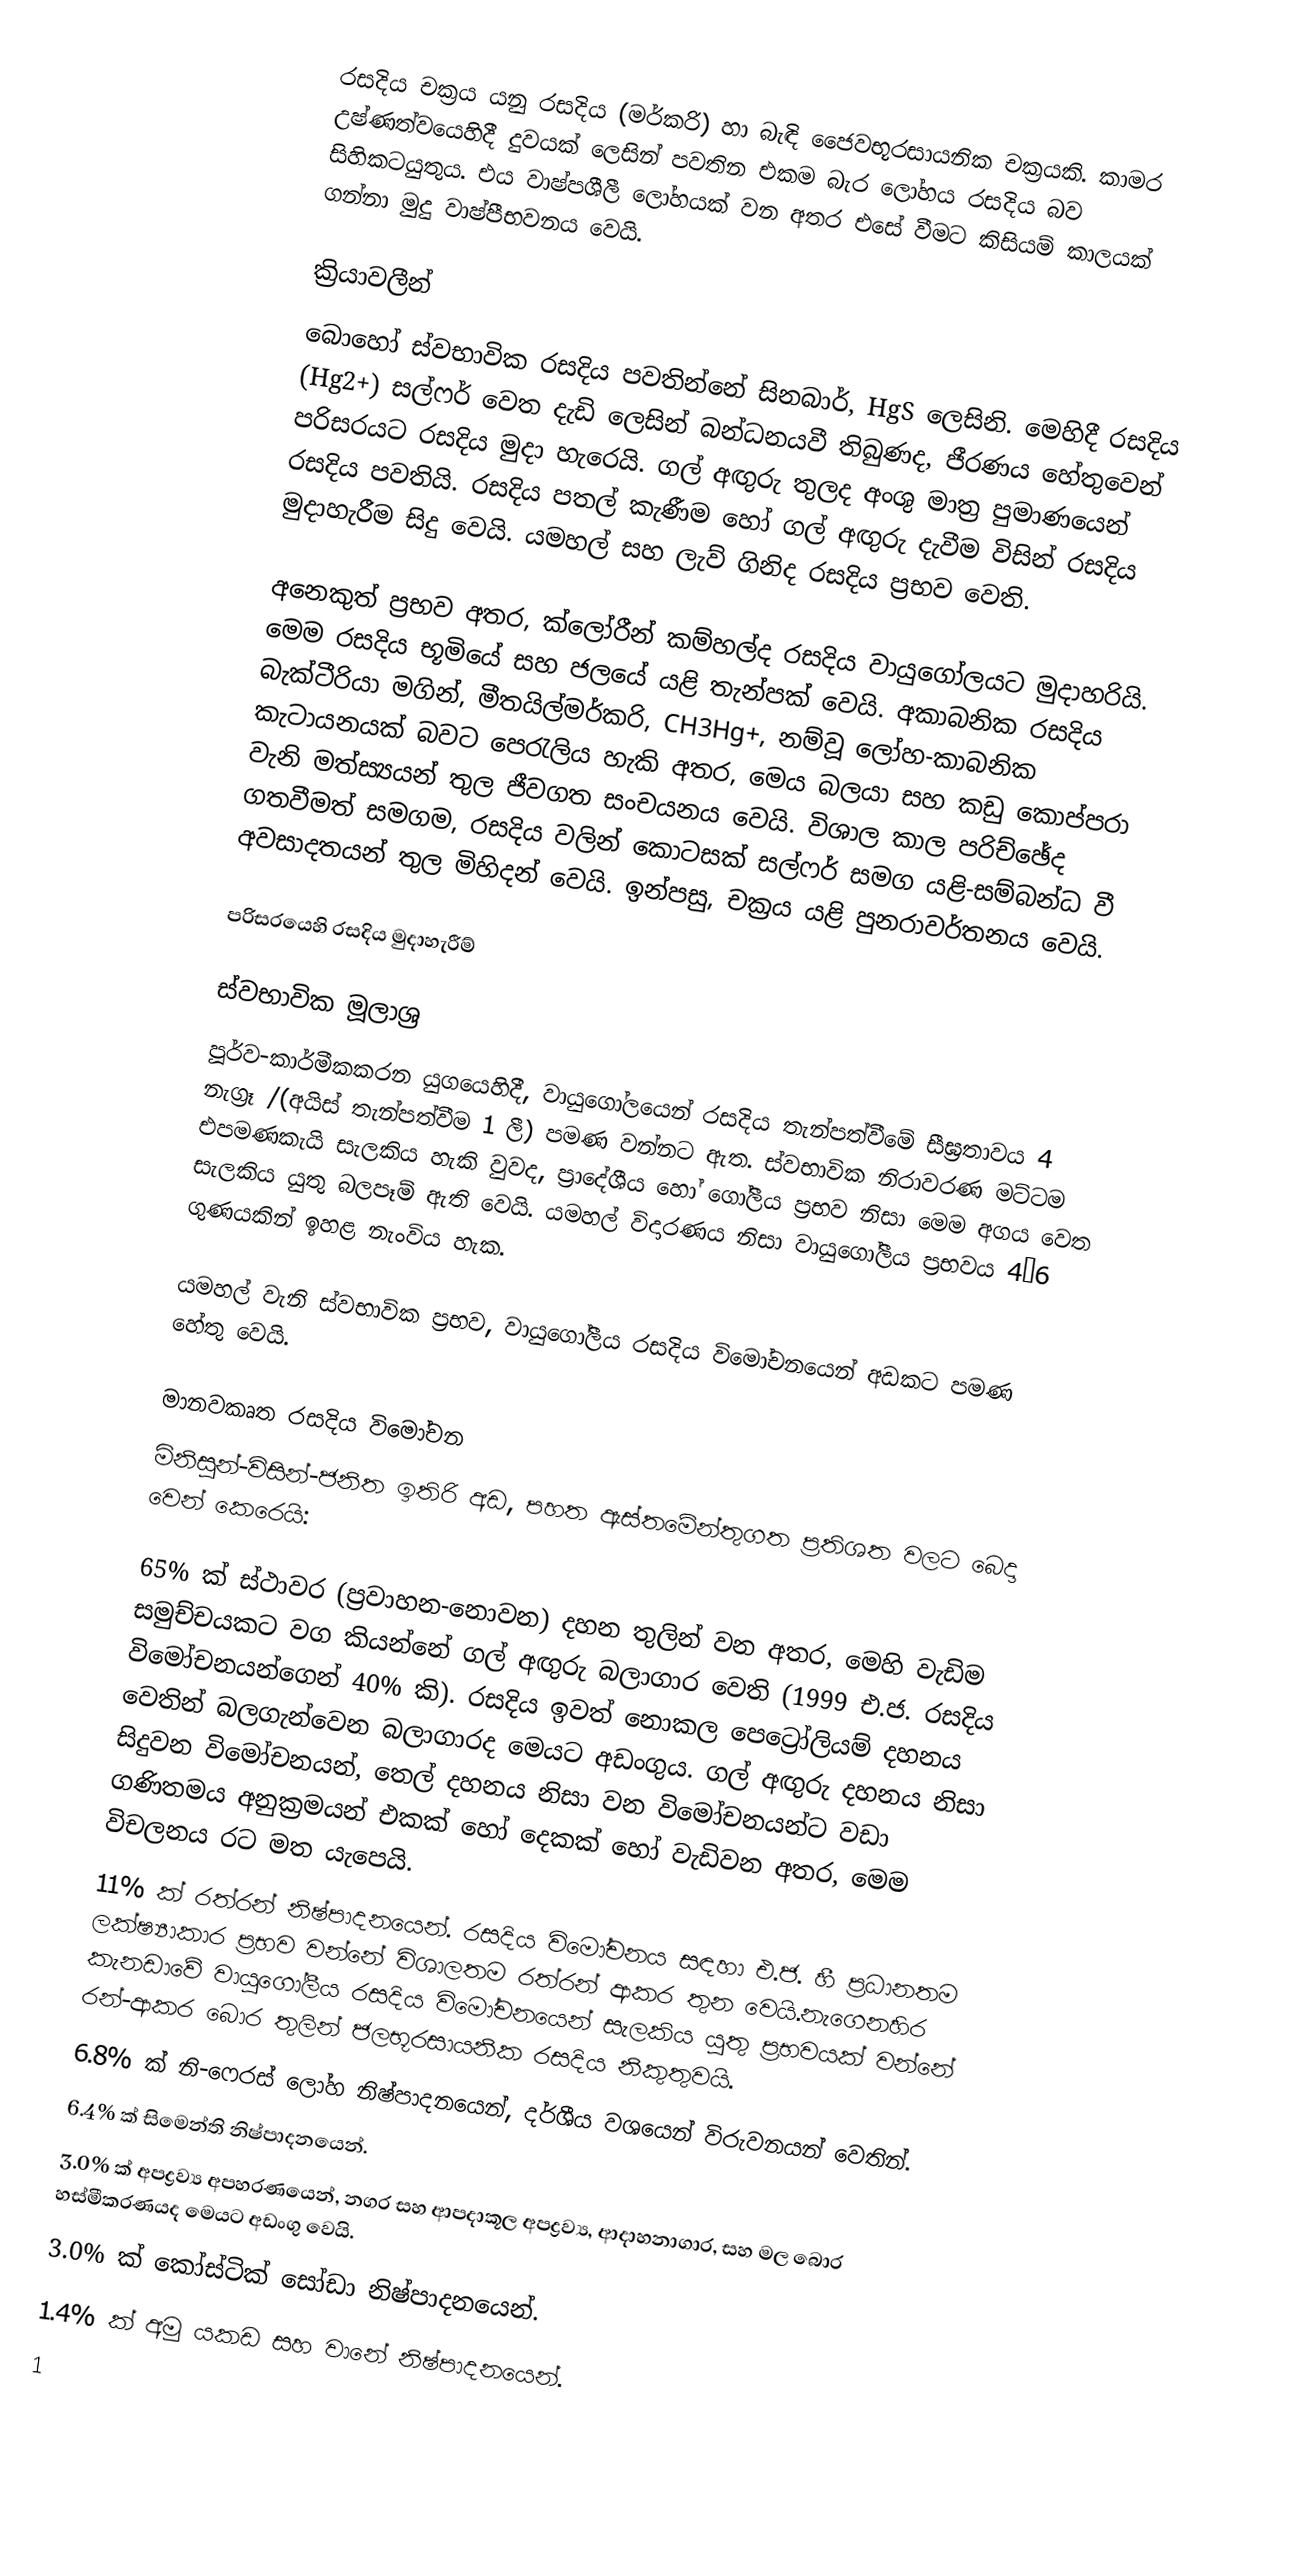
රසදිය චක්‍රය යනු  රසදිය  (මර්කරි)  හා බැඳි  ජෛවභූරසායනික චක්‍රයකි. කාමර උෂ්ණත්වයෙහිදී දුවයක් ලෙසින් පවතින එකම බැර ලෝහය රසදිය බව සිහිකටයුතුය. එය වාෂ්පශීලී ලෝහයක් වන අතර එසේ වීමට කිසියම් කාලයක් ගන්නා මුදු  වාෂ්පීභවනය වෙයි.

ක්‍රියාවලීන්
බොහෝ ස්වභාවික රසදිය පවතින්නේ සිනබාර්, HgS ලෙසිනි. මෙහිදී රසදිය  (Hg2+) සල්ෆර් වෙත දැඩි ලෙසින් බන්ධනයවී තිබුණද, ජීරණය හේතුවෙන් පරිසරයට රසදිය මුදා හැරෙයි. ගල් අඟුරු තුලද අංශු මාත්‍ර පුමාණයෙන් රසදිය පවතියි. රසදිය පතල් කැණීම හෝ ගල් අඟුරු දැවීම විසින් රසදිය මුදාහැරීම සිදු වෙයි. යමහල් සහ ලැව් ගිනිද රසදිය ප්‍රභව වෙති.

අනෙකුත් ප්‍රභව අතර, ක්ලෝරීන් කම්හල්ද රසදිය වායුගෝලයට මුදාහරියි. මෙම රසදිය භූමියේ සහ ජලයේ යළි තැන්පක් වෙයි. අකාබනික රසදිය බැක්ටීරියා මගින්,   මීතයිල්මර්කරි, CH3Hg+, නම්වූ ලෝහ-කාබනික කැටායනයක් බවට පෙරැලිය හැකි අතර, මෙය  බලයා සහ කඩු කොප්පරා වැනි මත්ස්‍යයන් තුල ජීවගත සංචයනය වෙයි.  විශාල කාල පරිච්ඡේද ගතවීමත් සමගම, රසදිය වලින් කොටසක් සල්ෆර් සමග යළි-සම්බන්ධ වී  අවසාදතයන් තුල මිහිදන් වෙයි. ඉන්පසු, චක්‍රය යළි පුනරාවර්තනය වෙයි.

පරිසරයෙහි රසදිය මුදාහැරීම්

ස්වභාවික මූලාශ්‍ර
පූර්ව-කාර්මීකකරන යුගයෙහිදී, වායුගෝලයෙන් රසදිය තැන්පත්වීමේ සීඝ්‍රතාවය  4 නැග්‍රෑ /(අයිස් තැන්පත්වීම 1 ලී) පමණ වන්නට ඇත. ස්වභාවික නිරාවරණ මට්ටම එපමණකැයි සැලකිය හැකි වුවද, ප්‍රාදේශීය හෝ ගෝලීය ප්‍රභව නිසා මෙම අගය වෙත සැලකිය යුතු බලපෑම් ඇති වෙයි. යමහල් විදාරණය නිසා වායුගෝලීය ප්‍රභවය  4–6 ගුණයකින් ඉහළ නැංවිය හැක.

යමහල් වැනි ස්වභාවික ප්‍රභව, වායුගෝලීය රසදිය විමෝචනයෙන් අඩකට පමණ හේතු වෙයි.

මානවකෘත රසදිය විමෝචන
මිනිසුන්-විසින්-ජනිත ඉතිරි අඩ, පහත ඇස්තමේන්තුගත ප්‍රතිශත වලට බෙදා වෙන් කෙරෙයි:

 65% ක් ස්ථාවර (ප්‍රවාහන-නොවන)  දහන තුලින් වන අතර, මෙහි වැඩිම සමුච්චයකට වග කියන්නේ  ගල් අඟුරු බලාගාර වෙති (1999 එ.ජ. රසදිය විමෝචනයන්ගෙන් 40% කි). රසදිය ඉවත් නොකල පෙට්‍රෝලියම් දහනය වෙතින් බලගැන්වෙන බලාගාරද මෙයට අඩංගුය. ගල් අඟුරු දහනය නිසා සිදුවන විමෝචනයන්, තෙල් දහනය නිසා වන විමෝචනයන්ට වඩා ගණිතමය අනුක්‍රමයන් එකක් හෝ දෙකක් හෝ වැඩිවන අතර,  මෙම විචලනය රට මත යැපෙයි.
11% ක් රත්රන් නිෂ්පාදනයෙන්. රසදිය විමෝචනය සඳහා එ.ජ. හී ප්‍රධානතම ලක්ෂ්‍යාකාර ප්‍රභව වන්නේ විශාලතම රත්රන් ආකර තුන වෙයි.නැගෙනහිර කැනඩාවේ වායුගෝලීය රසදිය විමෝචනයෙන් සැලකිය යුතු ප්‍රභවයක් වන්නේ රන්-ආකර බොර තුලින් ජලභූරසායනික රසදිය නිකුතුවයි.
 6.8%  ක්  නි-ෆෙරස් ලෝහ නිෂ්පාදනයෙන්, දර්ශීය වශයෙන් විරුවනයන් වෙතින්.
 6.4% ක් සිමෙන්ති නිෂ්පාදනයෙන්.
 3.0% ක් අපද්‍රව්‍ය අපහරණයෙන්, නගර සහ ආපදාකූල අපද්‍රව්‍ය, ආදාහනාගාර, සහ  මල බොර හස්මීකරණයද මෙයට අඩංගු වෙයි.
 3.0% ක් කෝස්ටික් සෝඩා නිෂ්පාදනයෙන්.
 1.4% ක් අමු යකඩ සහ  වානේ නිෂ්පාදනයෙන්.
 1